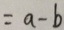
= a - b